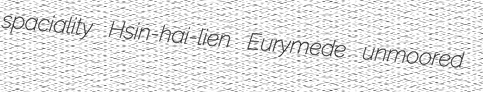
spaciality Hsin-hai-lien Eurymede unmoored